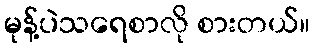
မုန့်ပဲသရေစာလို စားတယ်။